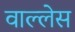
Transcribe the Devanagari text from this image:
वाल्लेस